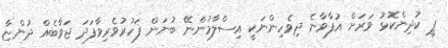
ޕީ ކުދިންކޮޅު ވަރަށް އުފާވާނެ ދިވެހިންނަކީ އިސްލާމުންނޭ ބުނަން ފަހުރުވެރިވާފަދަ ޖަވާބެއް ދުންޏާ